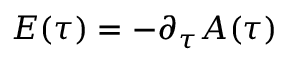
E ( \tau ) = - \partial _ { \tau } A ( \tau )